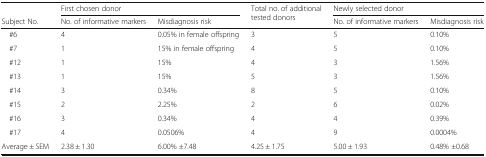
<table><thead><tr><td></td><td colspan="2"><b>First chosen donor</b></td><td rowspan="2"><b>Total no. of additional tested donors</b></td><td colspan="2"><b>Newly selected donor</b></td></tr><tr><td><b>Subject No.</b></td><td><b>No. of informative markers</b></td><td><b>Misdiagnosis risk</b></td><td><b>No. of informative markers</b></td><td><b>Misdiagnosis risk</b></td></tr></thead><tbody><tr><td> #6</td><td>4</td><td>0.05% in female offspring</td><td>3</td><td>5</td><td>0.10%</td></tr><tr><td> #7</td><td>1</td><td>15% in female offspring</td><td>4</td><td>5</td><td>0.10%</td></tr><tr><td> #12</td><td>1</td><td>15%</td><td>4</td><td>3</td><td>1.56%</td></tr><tr><td> #13</td><td>1</td><td>15%</td><td>5</td><td>3</td><td>1.56%</td></tr><tr><td> #14</td><td>3</td><td>0.34%</td><td>8</td><td>5</td><td>0.10%</td></tr><tr><td> #15</td><td>2</td><td>2.25%</td><td>2</td><td>6</td><td>0.02%</td></tr><tr><td> #16</td><td>3</td><td>0.34%</td><td>4</td><td>4</td><td>0.39%</td></tr><tr><td> #17</td><td>4</td><td>0.0506%</td><td>4</td><td>9</td><td>0.0004%</td></tr><tr><td>Average ± SEM</td><td>2.38 ± 1.30</td><td>6.00% ±7.48</td><td>4.25 ± 1.75</td><td>5.00 ± 1.93</td><td>0.48% ±0.68</td></tr></tbody></table>